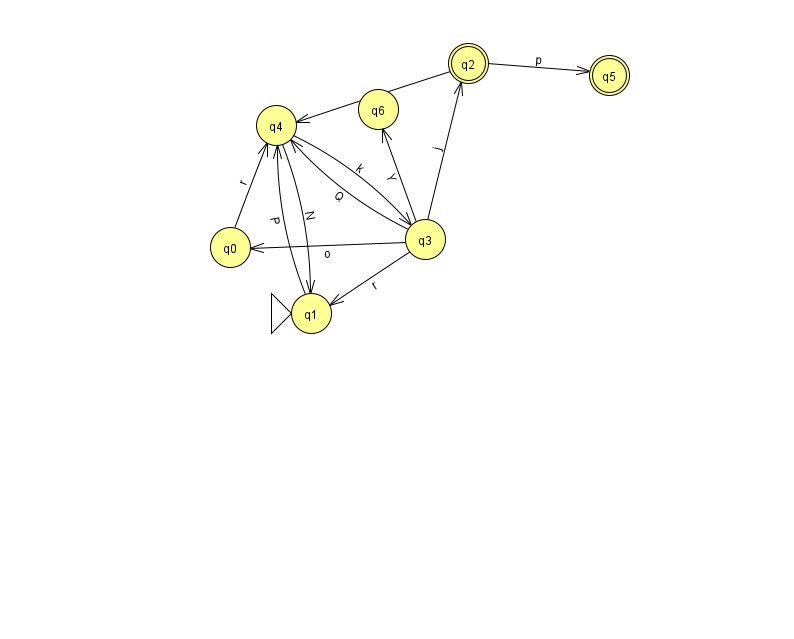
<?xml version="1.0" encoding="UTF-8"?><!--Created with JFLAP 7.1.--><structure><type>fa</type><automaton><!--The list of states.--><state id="0" name="q0"><x>230.0</x><y>234.0</y></state><state id="1" name="q1"><x>311.0</x><y>300.0</y><initial/></state><state id="2" name="q2"><x>468.0</x><y>50.0</y><final/></state><state id="3" name="q3"><x>425.0</x><y>226.0</y></state><state id="4" name="q4"><x>276.0</x><y>112.0</y></state><state id="5" name="q5"><x>609.0</x><y>62.0</y><final/></state><state id="6" name="q6"><x>378.0</x><y>96.0</y></state><!--The list of transitions.--><transition><from>3</from><to>6</to><read>Y</read></transition><transition><from>3</from><to>4</to><read>Q</read></transition><transition><from>3</from><to>0</to><read>o</read></transition><transition><from>2</from><to>4</to><read>v</read></transition><transition><from>3</from><to>1</to><read>r</read></transition><transition><from>1</from><to>4</to><read>P</read></transition><transition><from>4</from><to>3</to><read>k</read></transition><transition><from>3</from><to>2</to><read>j</read></transition><transition><from>4</from><to>1</to><read>N</read></transition><transition><from>0</from><to>4</to><read>r</read></transition><transition><from>2</from><to>5</to><read>p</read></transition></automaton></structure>